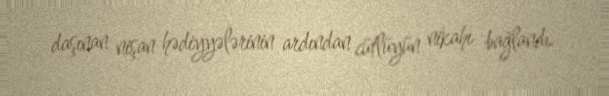
daşınan nişan hədiyyələrinin ardından cütlüyün nikahı bağlandı.